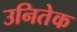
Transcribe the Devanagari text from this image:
उनितेक